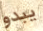
يبدو